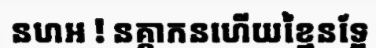
នហអ ! នគ្កាកនហើយខ្មៃនទ្អែ